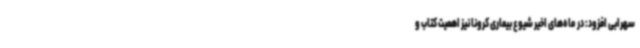
سهرابی افزود: در ماه‌های اخیر شیوع بیماری کرونا نیز اهمیت کتاب و